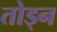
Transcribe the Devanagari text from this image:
तोड्न